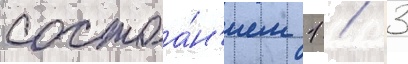
состоа́н'ием 1 / 3